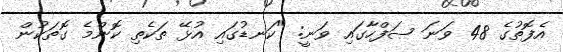
އެފޮތުގެ 48 ވަނަ ޞަފްހާގައި ވަނީ: "ކަނޑުގައި އުޅޭ ތަކެތި ކޮންމެ ގޮތަކުން